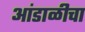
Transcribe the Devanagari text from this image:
आंडाळीचा